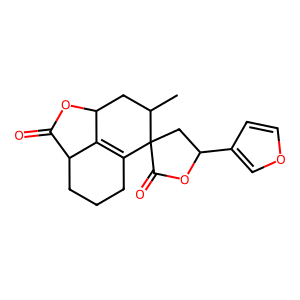
SMILES: CC1CC2OC(=O)C3CCCC(=C23)C12CC(c1ccoc1)OC2=O
Inhibits HIV replication: No